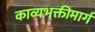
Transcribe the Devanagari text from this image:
काव्यभक्तीमार्ग